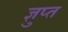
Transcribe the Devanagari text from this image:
ज्ञुप्‍त